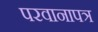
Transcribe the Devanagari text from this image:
परवानापत्र